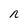
Character: n